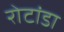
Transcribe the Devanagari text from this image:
रोटांडा